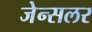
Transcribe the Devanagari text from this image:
जेन्सलर